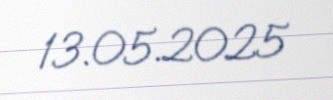
13.05.2025